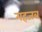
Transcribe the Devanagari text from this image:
गहजब